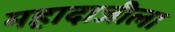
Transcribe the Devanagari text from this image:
महादाजीला